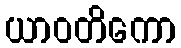
ယာဝတိကော